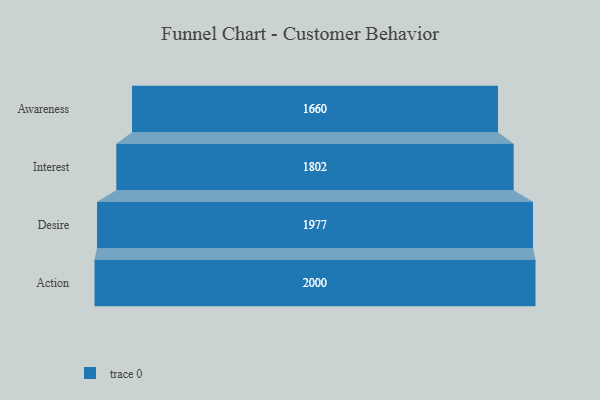
{"axis": {"x": "Stage", "y": "Value"}, "legend": [""], "data": [{"x": "Awareness", "y": 1660.0, "type": ""}, {"x": "Interest", "y": 1802.0, "type": ""}, {"x": "Desire", "y": 1977.0, "type": ""}, {"x": "Action", "y": 2000, "type": ""}]}